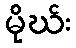
မိုဃ်း